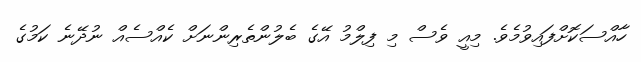
ހާއްސަކޮށްފައިވުމެވެ. މިއީ ވެސް މި ފިލްމު އޭގެ ބެލުންތެރިންނަށް ކެއްސެއް ނުދޭނެ ކަމުގެ